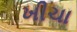
ખીચા